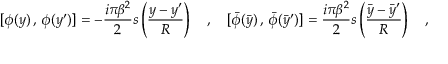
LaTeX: [ \phi ( y ) \, , \, \phi ( y ^ { \prime } ) ] = - { \frac { i \pi \beta ^ { 2 } } { 2 } } s \left( \frac { y - y ^ { \prime } } { R } \right) \quad , \quad [ \bar { \phi } ( \bar { y } ) \, , \, \bar { \phi } ( \bar { y } ^ { \prime } ) ] = { \frac { i \pi \beta ^ { 2 } } { 2 } } s \left( \frac { \bar { y } - \bar { y } ^ { \prime } } { R } \right) \quad ,